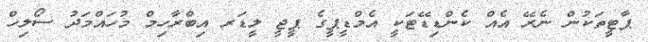
ޕާޓީތަކުން ނެރޭ އެއް ކެންޑިޑޭޓަކީ އެމްޑީޕީގެ ޕީޖީ ލީޑަރ އިބްރާހިމް މުހައްމަދު ސޯލިހް